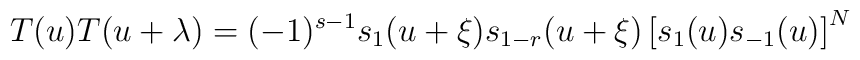
T(u) T(u+\lambda)=(-1)^{s-1}s_{1}(u+\xi)s_{1-r}(u+\xi)\left[s_{1}(u) s_{-1}(u) \right]^{N}